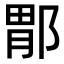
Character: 𫑤